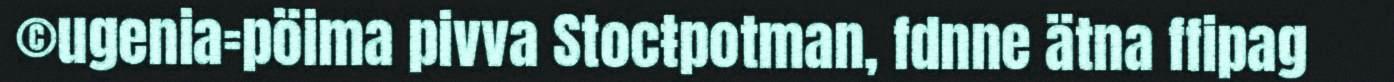
©ugenia=pöima pivva Stocŧpotman, fdnne ätna ffipag